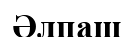
Әлпаш